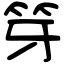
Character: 笌